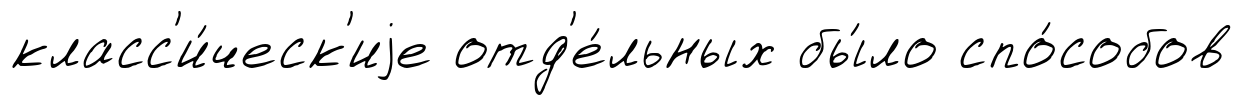
класс'и́ческ'иjе отд'е́льных бы́ло спо́собов